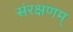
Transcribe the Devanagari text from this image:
संरक्षणम्‌